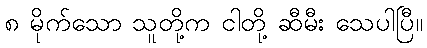
၈ မိုက်သော သူတို့က ငါတို့ ဆီမီး သေပါပြီ။